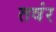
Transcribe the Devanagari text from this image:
तवंर